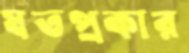
যতপ্রকার